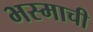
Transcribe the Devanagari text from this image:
भस्माची